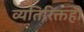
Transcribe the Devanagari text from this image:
व्यतिरिक्तही